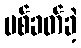
ပစ်ခတ်ခဲ့